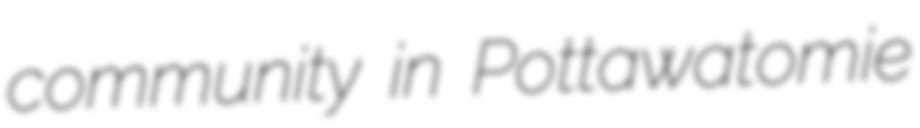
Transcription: community in Pottawatomie